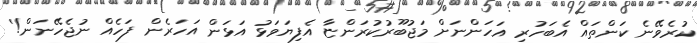
ކުރެވޭނެ ކަންތައް އެބަހުރި އަހަންނަށް މަޖުބޫރުކުރަންޏާ އެފިޔަވަޅު އަޅަން އަހަރެން ފަހެއް ނުޖެހޭނަން!'